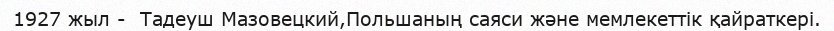
1927 жыл -  Тадеуш Мазовецкий,Польшаның саяси және мемлекеттік қайраткері.